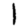
Digit: 1